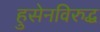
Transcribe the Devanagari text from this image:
हुसेनविरुद्ध